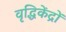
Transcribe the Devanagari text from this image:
वृद्धिकेंद्रों